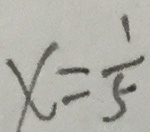
x = \frac { 1 } { 5 }